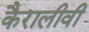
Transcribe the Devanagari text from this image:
कैरालीवी